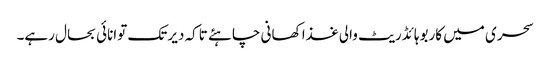
سحری میں کاربوہائڈریٹ والی غذا کھانی چاہئے تاکہ دیر تک توانائی بحال رہے۔